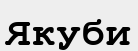
Якуби